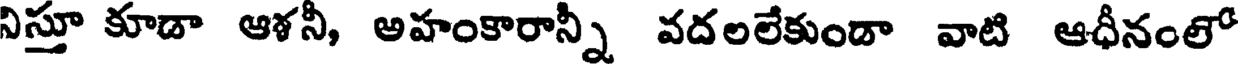
నిస్తూ కూడా ఆళనీ, అహంకారాన్నీ వదలలేకుండా వాటి ఆధీనంలో